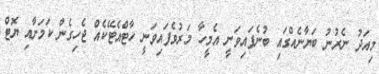
މިއަދު ނެރުނު ބަޔާނެއްގައި ބުނެފައިވަނީ އެމީހާ މަރުވެފައިވަނީ ހާޓްއެޓޭކެއް ޖެހިގެން ކަމަށާއި ޔޮޓް